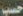
حسب